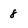
Character: 8